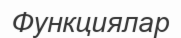
Функциялар